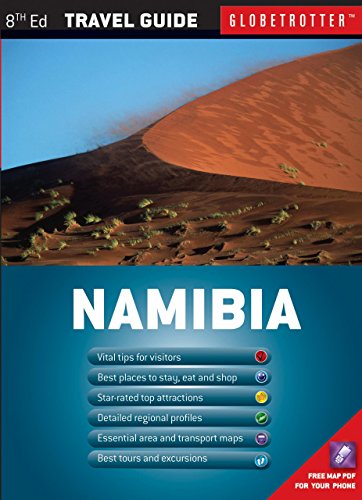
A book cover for Namibia Travel Pack, 8th (Globetrotter Travel Packs); Willie Olivier; Travel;